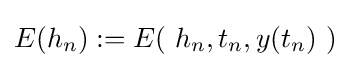
E(h_{n}):=E(\ h_{n},t_{n},y(t_{n})\ )